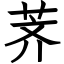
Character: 荠